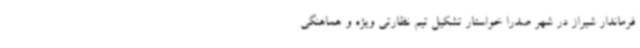
فرماندار شیراز در شهر صدرا خواستار تشکیل تیم نظارتی ویژه و هماهنگی